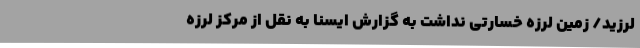
لرزید/ زمین‌ لرزه خسارتی نداشت به گزارش ایسنا به نقل از مرکز لرزه